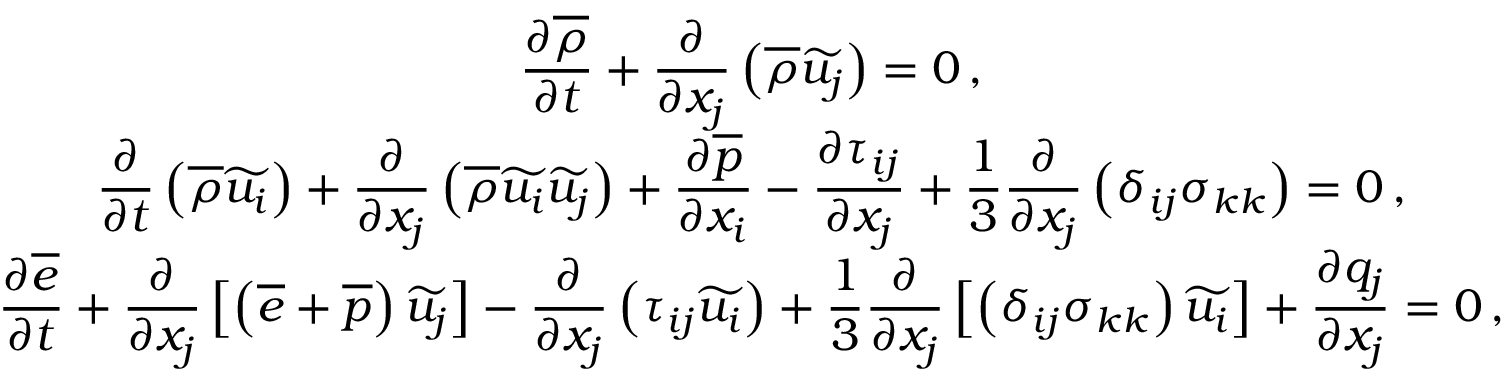
\begin{array} { c } { \displaystyle \frac { \partial \overline { { \rho } } } { \partial t } + \frac { \partial } { \partial x _ { j } } \left( \overline { { \rho } } \widetilde { u _ { j } } \right) = 0 \, \mathrm { , } } \\ { \displaystyle \frac { \partial } { \partial t } \left( \overline { { \rho } } \widetilde { u _ { i } } \right) + \frac { \partial } { \partial x _ { j } } \left( \overline { { \rho } } \widetilde { u _ { i } } \widetilde { u _ { j } } \right) + \frac { \partial \overline { { p } } } { \partial x _ { i } } - \frac { \partial { \tau } _ { i j } } { \partial x _ { j } } + \frac { 1 } { 3 } \frac { \partial } { \partial x _ { j } } \left( { \delta } _ { i j } \sigma _ { k k } \right) = 0 \, \mathrm { , } } \\ { \displaystyle \frac { \partial \overline { { e } } } { \partial t } + \frac { \partial } { \partial x _ { j } } \left[ \left( \overline { { e } } + \overline { { p } } \right) \widetilde { u _ { j } } \right] - \frac { \partial } { \partial x _ { j } } \left( { \tau } _ { i j } \widetilde { u _ { i } } \right) + \frac { 1 } { 3 } \frac { \partial } { \partial x _ { j } } \left[ \left( \delta _ { i j } { \sigma } _ { k k } \right) \widetilde { u _ { i } } \right] + \frac { \partial { q } _ { j } } { \partial x _ { j } } = 0 \, \mathrm { , } } \end{array}